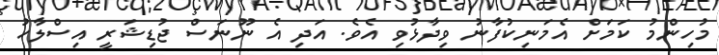
މުހިންމު ކަމަށް އެމަނިކުފާނު ވިދާޅުވި އެވެ. އަދި އެ ނޫނަސް ޖުޑިޝަރީ އިސްލާހު